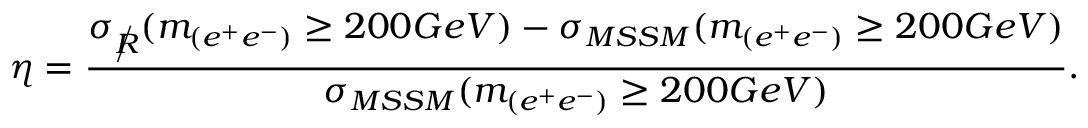
\eta = \frac { \sigma _ { \rlap / { R } } ( m _ { ( e ^ { + } e ^ { - } ) } \geq 2 0 0 G e V ) - \sigma _ { M S S M } ( m _ { ( e ^ { + } e ^ { - } ) } \geq 2 0 0 G e V ) } { \sigma _ { M S S M } ( m _ { ( e ^ { + } e ^ { - } ) } \geq 2 0 0 G e V ) } .